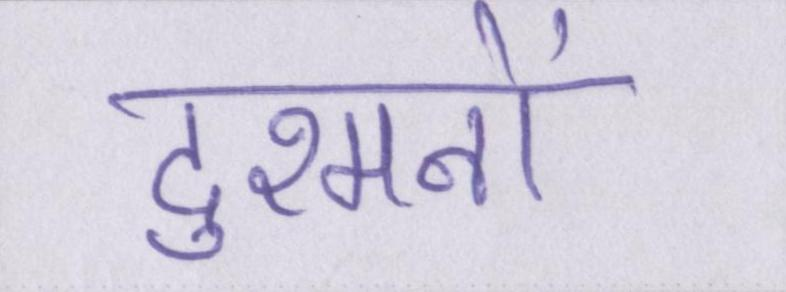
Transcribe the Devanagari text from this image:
दुश्मनों